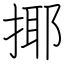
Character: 揶